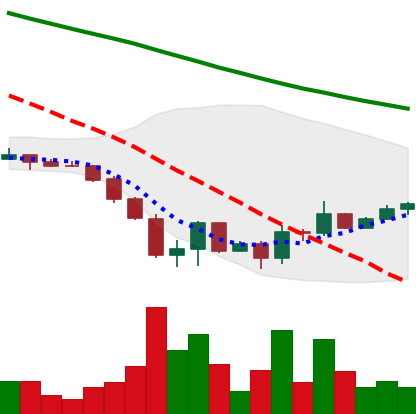
Ticker: DOGE-USD
Chart end date: 2022-06-25
Forward return: -3.528%
Label: down_3_5